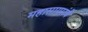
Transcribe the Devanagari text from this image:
महासागरांचे